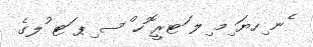
ެނ ިހޔަ ިމ ިލ ަޓރީ ޮހ ްސ ިޕ ަޓ ުލގެ